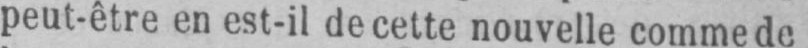
peut-être en est-il de cette nouvelle comme de